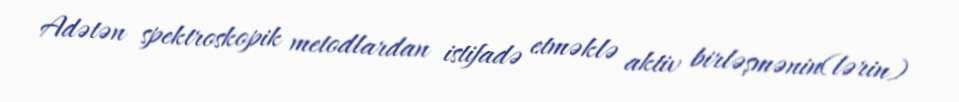
Adətən spektroskopik metodlardan istifadə etməklə aktiv birləşmənin(lərin)